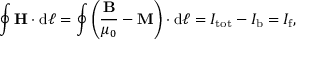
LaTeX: \oint \mathbf { H } \cdot \mathrm { d } { \boldsymbol { \ell } } = \oint \left( { \frac { \mathbf { B } } { \mu _ { 0 } } } - \mathbf { M } \right) \cdot \mathrm { d } { \boldsymbol { \ell } } = I _ { \mathrm { t o t } } - I _ { \mathrm { b } } = I _ { \mathrm { f } } ,